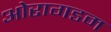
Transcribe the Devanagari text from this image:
ओरागडम